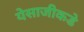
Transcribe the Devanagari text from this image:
येसाजीकडे